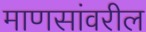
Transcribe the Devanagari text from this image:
माणसांवरील